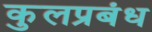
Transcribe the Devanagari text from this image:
कुलप्रबंध